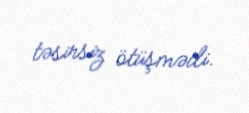
təsirsiz ötüşmədi.